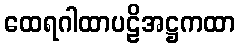
ထေရဂါထာပဠိအဋ္ဌကထာ